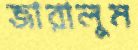
জারালুম